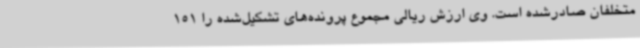
متخلفان صادرشده است. وی ارزش ریالی مجموع پرونده‌های تشکیل‌شده را 151